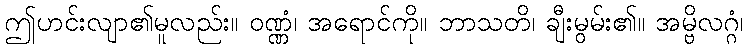
ဤဟင်းလျာ၏မူလည်း။ ဝဏ္ဏံ၊ အရောင်ကို။ ဘာသတိ၊ ချီးမွမ်း၏။ အမ္ဗိလဂ္ဂံ၊